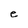
Character: e